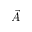
\vec { A }